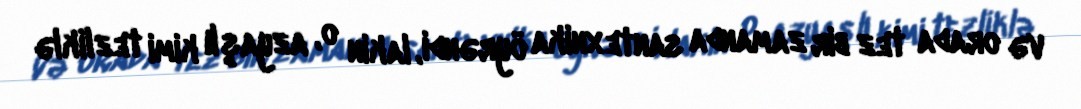
və orada tez bir zamanda santexnika öyrəndi, lakin o, azyaşlı kimi tezliklə